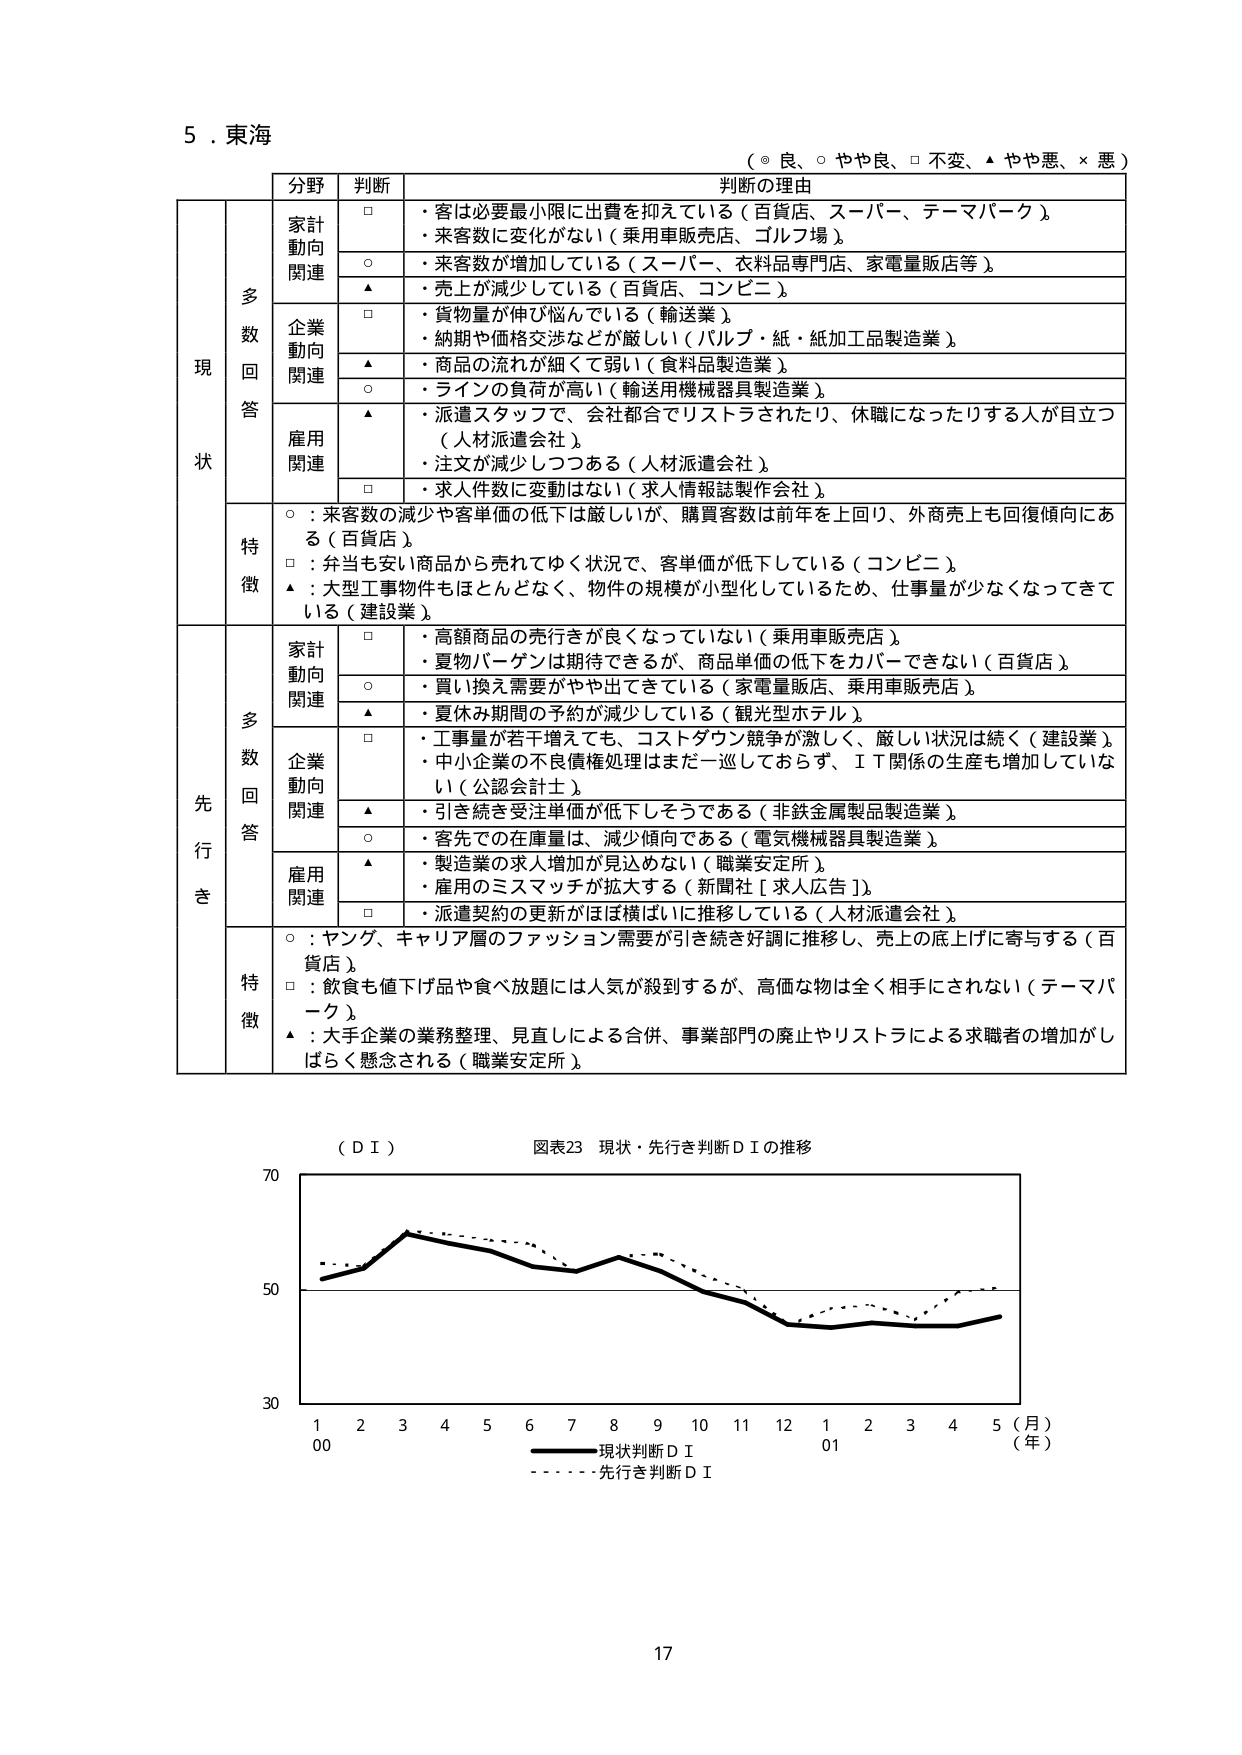
5．東海
（◎ 良、○ やや良、□ 不変、▲ やや悪、× 悪）

分野　　判断　　判断の理由

現状
　　多数回答
　　　　家計動向関連
　　　　　　□　・客は必要最小限に出費を抑えている（百貨店、スーパー、テーマパーク）
　　　　　　　　・来客数に変化がない（乗用車販売店、ゴルフ場）
　　　　　　○　・来客数が増加している（スーパー、衣料品専門店、家電量販店等）
　　　　　　▲　・売上が減少している（百貨店、コンビニ）
　　　　　　企業動向関連
　　　　　　□　・貨物量が伸び悩んでいる（輸送業）
　　　　　　　　・納期や価格交渉などが厳しい（パルプ・紙・紙加工品製造業）
　　　　　　▲　・商品の流れが細くて弱い（食料品製造業）
　　　　　　○　・ラインの負荷が高い（輸送用機械器具製造業）
　　　　　　雇用関連
　　　　　　▲　・派遣スタッフで、会社都合でリストラされたり、休職になったりする人が目立つ（人材派遣会社）
　　　　　　　　・注文が減少しつつある（人材派遣会社）
　　　　　　□　・求人件数に変動はない（求人情報誌製作会社）
　　　　特徴
　　　　　　○：来客数の減少や客単価の低下は厳しいが、購買客数は前年を上回り、外商売上も回復傾向にある（百貨店）
　　　　　　□：弁当も安い商品から売れてゆく状況で、客単価が低下している（コンビニ）
　　　　　　▲：大型工事物件もほとんどなく、物件の規模が小型化しているため、仕事量が少なくなってきている（建設業）

先行き
　　多数回答
　　　　家計動向関連
　　　　　　□　・高額商品の売行きが良くなっていない（乗用車販売店）
　　　　　　　　・夏物バーゲンは期待できるが、商品単価の低下をカバーできない（百貨店）
　　　　　　○　・買い換え需要がやや出てきている（家電量販店、乗用車販売店）
　　　　　　▲　・夏休み期間の予約が減少している（観光型ホテル）
　　　　　　企業動向関連
　　　　　　□　・工事量が若干増えても、コストダウン競争が激しく、厳しい状況は続く（建設業）
　　　　　　　　・中小企業の不良債権処理はまだ一巡しておらず、ＩＴ関係の生産も増加していない（公認会計士）
　　　　　　▲　・引き続き受注単価が低下しそうである（非鉄金属製品製造業）
　　　　　　○　・客先での在庫量は、減少傾向である（電気機械器具製造業）
　　　　　　雇用関連
　　　　　　▲　・製造業の求人増加が見込めない（職業安定所）
　　　　　　　　・雇用のミスマッチが拡大する（新聞社［求人広告］）
　　　　　　□　・派遣契約の更新がほぼ横ばいに推移している（人材派遣会社）
　　　　特徴
　　　　　　○：ヤング、キャリア層のファッション需要が引き続き好調に推移し、売上の底上げに寄与する（百貨店）
　　　　　　□：飲食も値下げ品や食べ放題には人気が殺到するが、高価な物は全く相手にされない（テーマパーク）
　　　　　　▲：大手企業の業務整理、見直しによる合併、事業部門の廃止やリストラによる求職者の増加がしばらく懸念される（職業安定所）

（ＤＩ）
図表23　現状・先行き判断ＤＩの推移